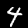
Label: 4